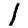
Digit: 1